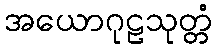
အယောဂုဠသုတ္တံ